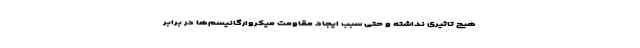
هیچ تاثیری نداشته و حتی سبب ایجاد مقاومت میکروارگانیسم‌ها در برابر